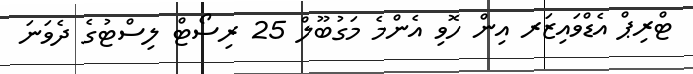
ޓްރިޕް އެޑްވައިޒަރ އިން ހޮވި އެންމެ މަގުބޫލް 25 ރިސޯޓް ލިސްޓުގެ ދެވަނަ